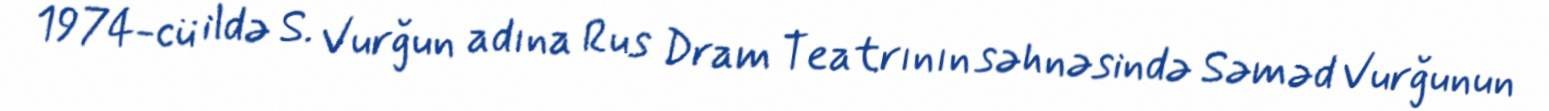
1974-cü ildə S. Vurğun adına Rus Dram Teatrının səhnəsində Səməd Vurğunun